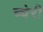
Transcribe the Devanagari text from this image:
च्चेरी